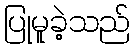
ပြုမူခဲ့သည်